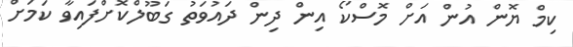
ކިމް ޔޮން އުން އަށް މޮސްކޯ އިން ދިން ދައުވަތު ގަބޫލްކޮށްފައިވާ ކަމަށް